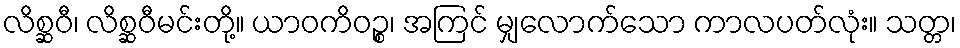
လိစ္ဆဝီ၊ လိစ္ဆဝီမင်းတို့။ ယာဝကိဝဉ္စ၊ အကြင် မျှလောက်သော ကာလပတ်လုံး။ သတ္တ၊